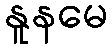
နူနမေ